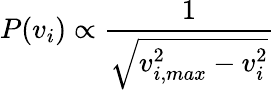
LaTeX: P(v_{i})\propto\frac{1}{\sqrt{v_{i,max}^{2}-v_{i}^{2}}}